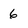
Character: 6